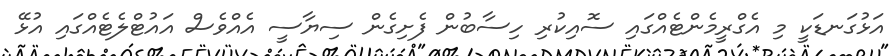
އަޅުގަނޑަކީ މި އެގްރީމެންޓެއްގައި ސޮއިކުރި ހިސާބުން ފެށިގެން ސިޔާސީ އެއްވެސް އައުޓްލެޓެއްގައި އުޅޭ